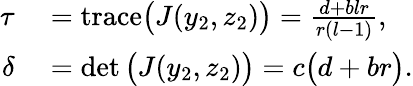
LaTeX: \begin{array}{rl}{\tau}&{{}=\mathrm{trace}\big(J(y_{2},z_{2})\big)=\frac{d+blr}{r(l-1)},}\\ {\delta}&{{}=\operatorname*{det}\big(J(y_{2},z_{2})\big)=c\big(d+br\big).}\end{array}